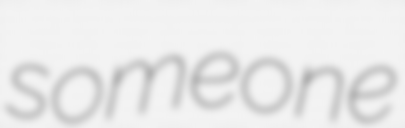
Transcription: someone